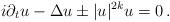
LaTeX: \begin{align*}i\partial_t u - \Delta u \pm |u|^{2k}u =0 \,.\end{align*}